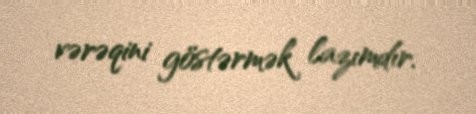
vərəqini göstərmək lazımdır.